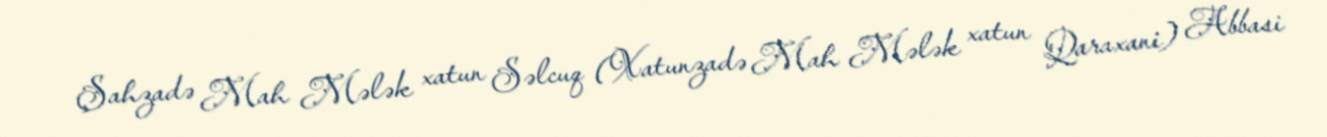
Şahzadə Mah Mələk xatun Səlcuq (Xatunzadə Mah Mələk xatun Qaraxani) Abbasi